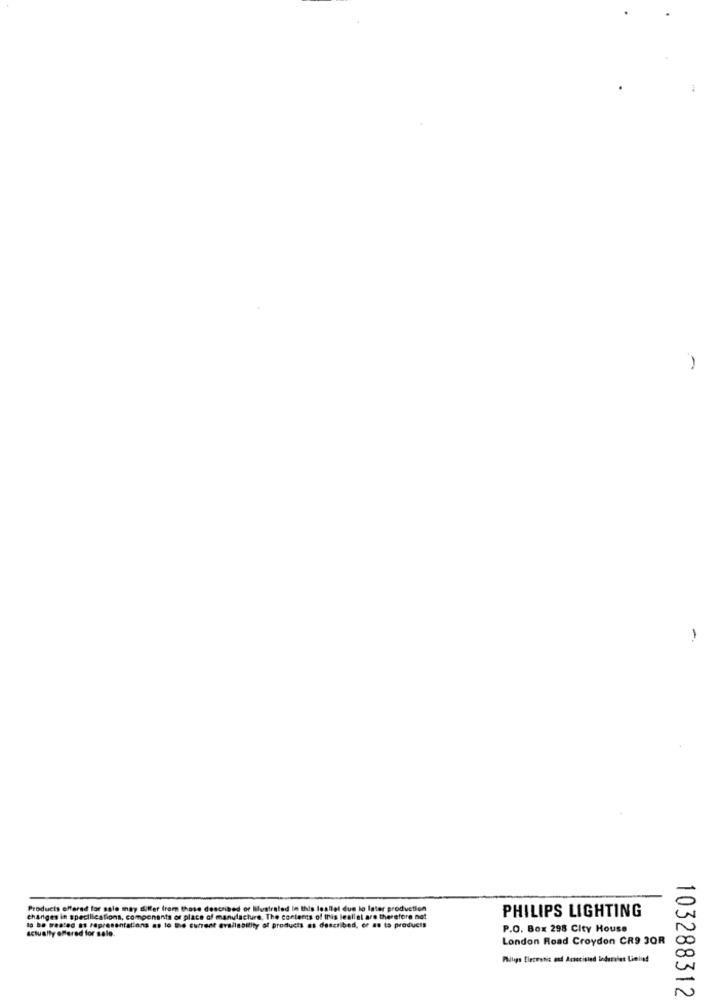
-
Products offerad for sale may differ from the
aled in this leaflet due lo
production
PHILIPS LIGHTING
Changes in specifications, components of pl
he contents of this leallel
therefore not
actually offered for sale.
lo be treated as representations . lo tie
products as described, e
to products
P.O. Box 298 City House
London Road Croydon CR9 3OR
103288312